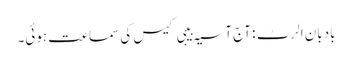
بادبان الرٹ : آج آسیہ بیبی کیس کی سماعت ہوئی۔